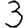
Digit: 3